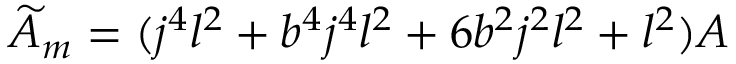
\widetilde { A } _ { m } = ( j ^ { 4 } l ^ { 2 } + b ^ { 4 } j ^ { 4 } l ^ { 2 } + 6 b ^ { 2 } j ^ { 2 } l ^ { 2 } + l ^ { 2 } ) A